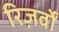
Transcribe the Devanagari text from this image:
रिज़र्वों